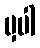
မှပါ